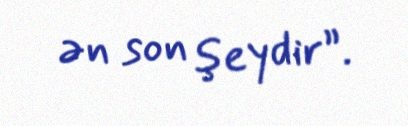
ən son şeydir”.